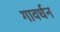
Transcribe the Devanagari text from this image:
गावर्धन